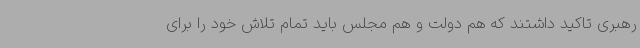
رهبری تاکید داشتند که هم دولت و هم مجلس باید تمام تلاش خود را برای